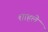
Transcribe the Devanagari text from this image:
शाहले